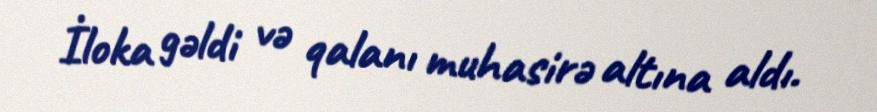
İloka gəldi və qalanı muhasirə altına aldı.